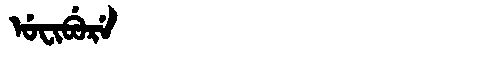
Manchu: ᡠᠸᡳᠪᡠᡵᡝ
Romanization: UFIBURE